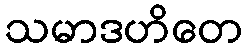
သမာဒဟိတေ